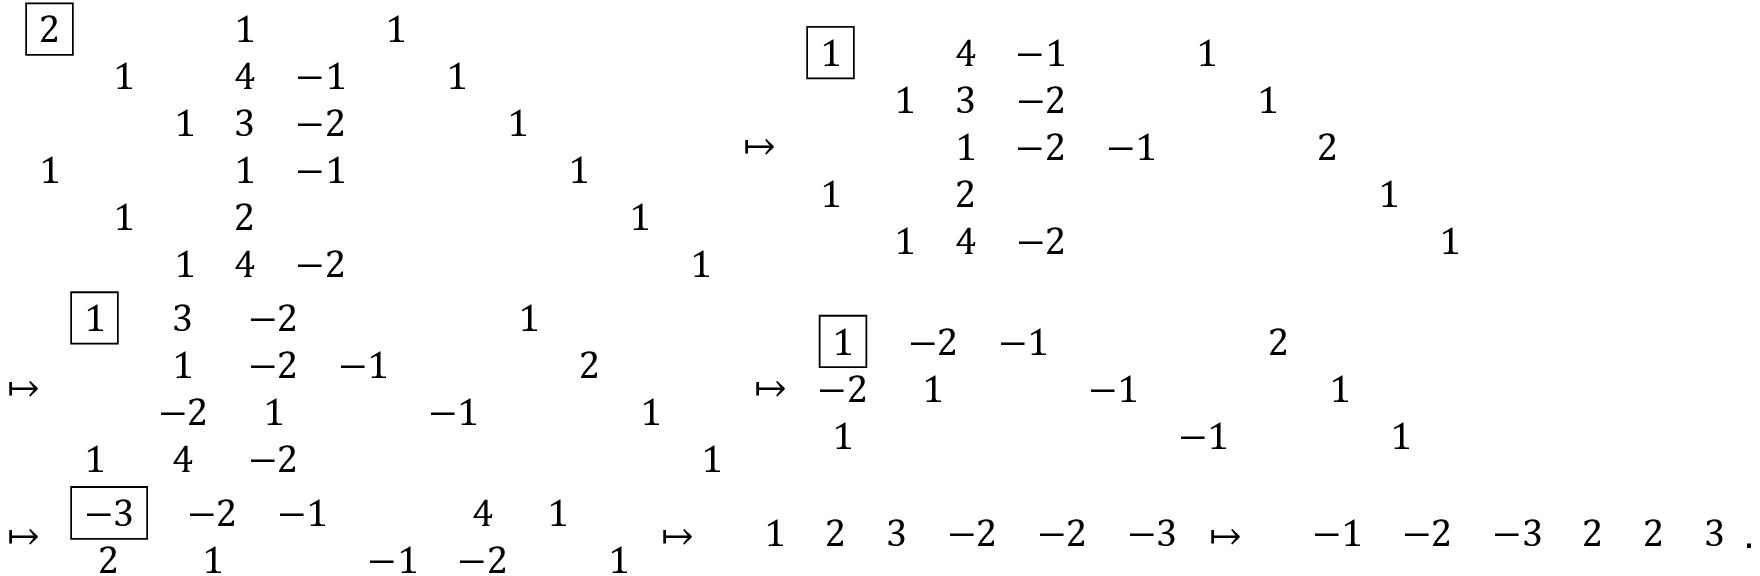
\begin{array} { r l } & { \begin{array} { c c c c c c c c c c c } { \boxed { 2 } } & & & { 1 } & & { 1 } & & & & & \\ & { 1 } & & { 4 } & { - 1 } & & { 1 } & & & & \\ & & { 1 } & { 3 } & { - 2 } & & & { 1 } & & & \\ { 1 } & & & { 1 } & { - 1 } & & & & { 1 } & & \\ & { 1 } & & { 2 } & & & & & & { 1 } & \\ & & { 1 } & { 4 } & { - 2 } & & & & & & { 1 } \end{array} \mapsto \begin{array} { c c c c c c c c c c } { \boxed { 1 } } & & { 4 } & { - 1 } & & { 1 } & & & & \\ & { 1 } & { 3 } & { - 2 } & & & { 1 } & & & \\ & & { 1 } & { - 2 } & { - 1 } & & & { 2 } & & \\ { 1 } & & { 2 } & & & & & & { 1 } & \\ & { 1 } & { 4 } & { - 2 } & & & & & & { 1 } \end{array} } \\ & { \mapsto \begin{array} { c c c c c c c c c } { \boxed { 1 } } & { 3 } & { - 2 } & & & { 1 } & & & \\ & { 1 } & { - 2 } & { - 1 } & & & { 2 } & & \\ & { - 2 } & { 1 } & & { - 1 } & & & { 1 } & \\ { 1 } & { 4 } & { - 2 } & & & & & & { 1 } \end{array} \mapsto \begin{array} { c c c c c c c c } { \boxed { 1 } } & { - 2 } & { - 1 } & & & { 2 } & & \\ { - 2 } & { 1 } & & { - 1 } & & & { 1 } & \\ { 1 } & & & & { - 1 } & & & { 1 } \end{array} } \\ & { \mapsto \begin{array} { c c c c c c c } { \boxed { - 3 } } & { - 2 } & { - 1 } & & { 4 } & { 1 } & \\ { 2 } & { 1 } & & { - 1 } & { - 2 } & & { 1 } \end{array} \mapsto \begin{array} { c c c c c c c } & { 1 } & { 2 } & { 3 } & { - 2 } & { - 2 } & { - 3 } \end{array} \mapsto \begin{array} { c c c c c c c } & { - 1 } & { - 2 } & { - 3 } & { 2 } & { 2 } & { 3 } \end{array} . } \end{array}